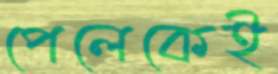
পেলেকেই